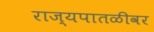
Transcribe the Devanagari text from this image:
राज्यपातळीवर